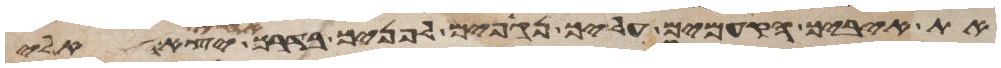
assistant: את איביך הקמים עליך נגפים לפניך בדרך אחת יצאו אליך